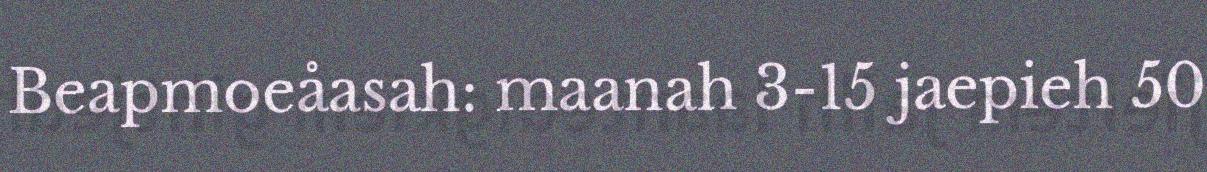
Beapmoeåasah: maanah 3-15 jaepieh 50